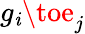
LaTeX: g_{\mathit{i}}\toe_{j}